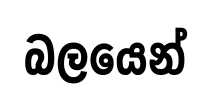
බලයෙන්